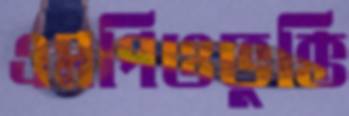
এমপিওভুক্তি